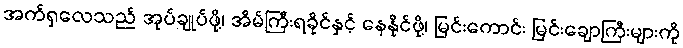
အက်ရှလေသည် အုပ်ချုပ်ဖို့၊ အိမ်ကြီးရခိုင်နှင့် နေနိုင်ဖို့၊ မြင်းကောင်း မြင်းချောကြီးများကို